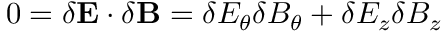
0 = \delta \mathbf { E } \cdot \delta \mathbf { B } = \delta E _ { \theta } \delta B _ { \theta } + \delta E _ { z } \delta B _ { z }